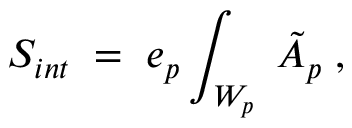
S _ { i n t } \; = \; e _ { p } \int _ { W _ { p } } \; \tilde { A } _ { p } \; ,